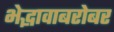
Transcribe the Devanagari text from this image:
भेद्भावाबरोबर